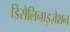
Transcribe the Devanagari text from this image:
डिसेलिनाइज़ेशन